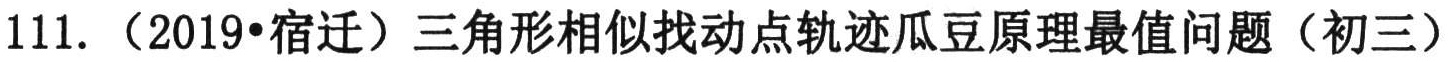
111. （2019•宿迁）三角形相似找动点轨迹瓜豆原理最值问题（初三）